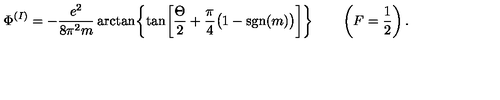
\Phi ^ { ( I ) } = - { \frac { e ^ { 2 } } { 8 \pi ^ { 2 } m } } \arctan \biggl \{ \tan \biggl [ { \frac { \Theta } { 2 } } + { \frac { \pi } { 4 } } \bigl ( 1 - \mathrm { s g n } ( m ) \bigr ) \biggr ] \biggr \} \qquad \left( F = \frac { 1 } { 2 } \right) .